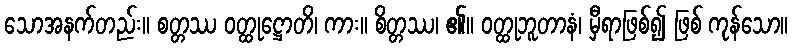
သောအနက်တည်း။ စတ္တဿ ဝတ္ထုဋ္ဌောတိ၊ ကား။ စိတ္တဿ၊ ၏။ ဝတ္ထုဘူတာနံ၊ မှီရာဖြစ်၍ ဖြစ် ကုန်သော။